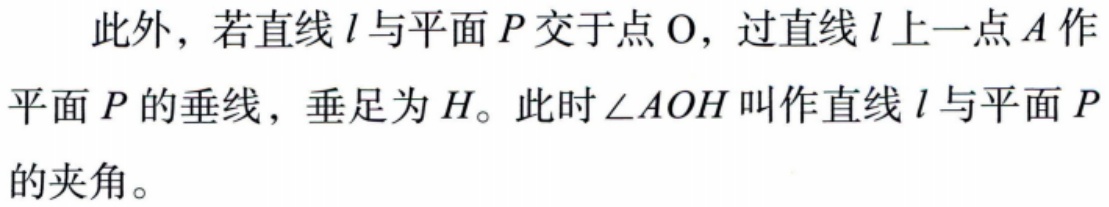
此外，若直线\(l\)与平面\(P\)交于点\(O\)，过直线\(l\)上一点\(A\)作平面\(P\)的垂线，垂足为\(H\)。此时\(\angle AOH\)叫作直线\(l\)与平面\(P\)的夹角。